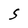
Character: S